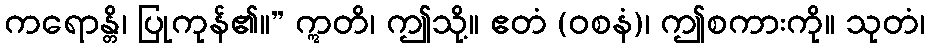
ကရောန္တိ၊ ပြုကုန်၏။” ဣတိ၊ ဤသို့။ ဧတံ (ဝစနံ)၊ ဤစကားကို။ သုတံ၊